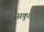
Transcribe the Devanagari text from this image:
सकुचि